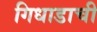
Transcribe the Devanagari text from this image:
गिधाडाची